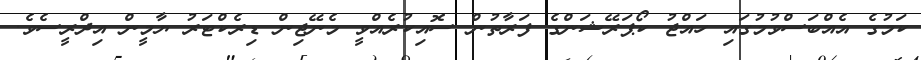
ކަމުގެ އެއްބަސްވުމުގައި ހައްޖު ކޯޕަރޭޝަންގެ ފަރާތުން ސޮއިކުރެއްވީ މެނޭޖިން ޑިރެކްޓަރު ޔާމީން އިދްރީސެވެ.